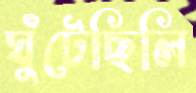
ঘুঁটেছিলি